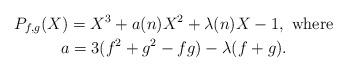
LaTeX: \begin{gather*}P_{f,g}(X) = X^3+a(n)X^2 + \lambda(n) X - 1, \textrm{ where} \\a = 3(f^2+g^2-fg)-\lambda (f+g).\end{gather*}